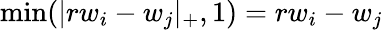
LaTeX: \operatorname*{min}(|rw_{i}-w_{j}|_{+},1)=rw_{i}-w_{j}